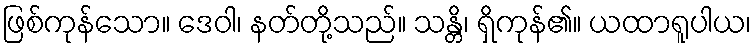
ဖြစ်ကုန်သော။ ဒေဝါ၊ နတ်တို့သည်။ သန္တိ၊ ရှိကုန်၏။ ယထာရူပါယ၊